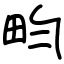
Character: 畇